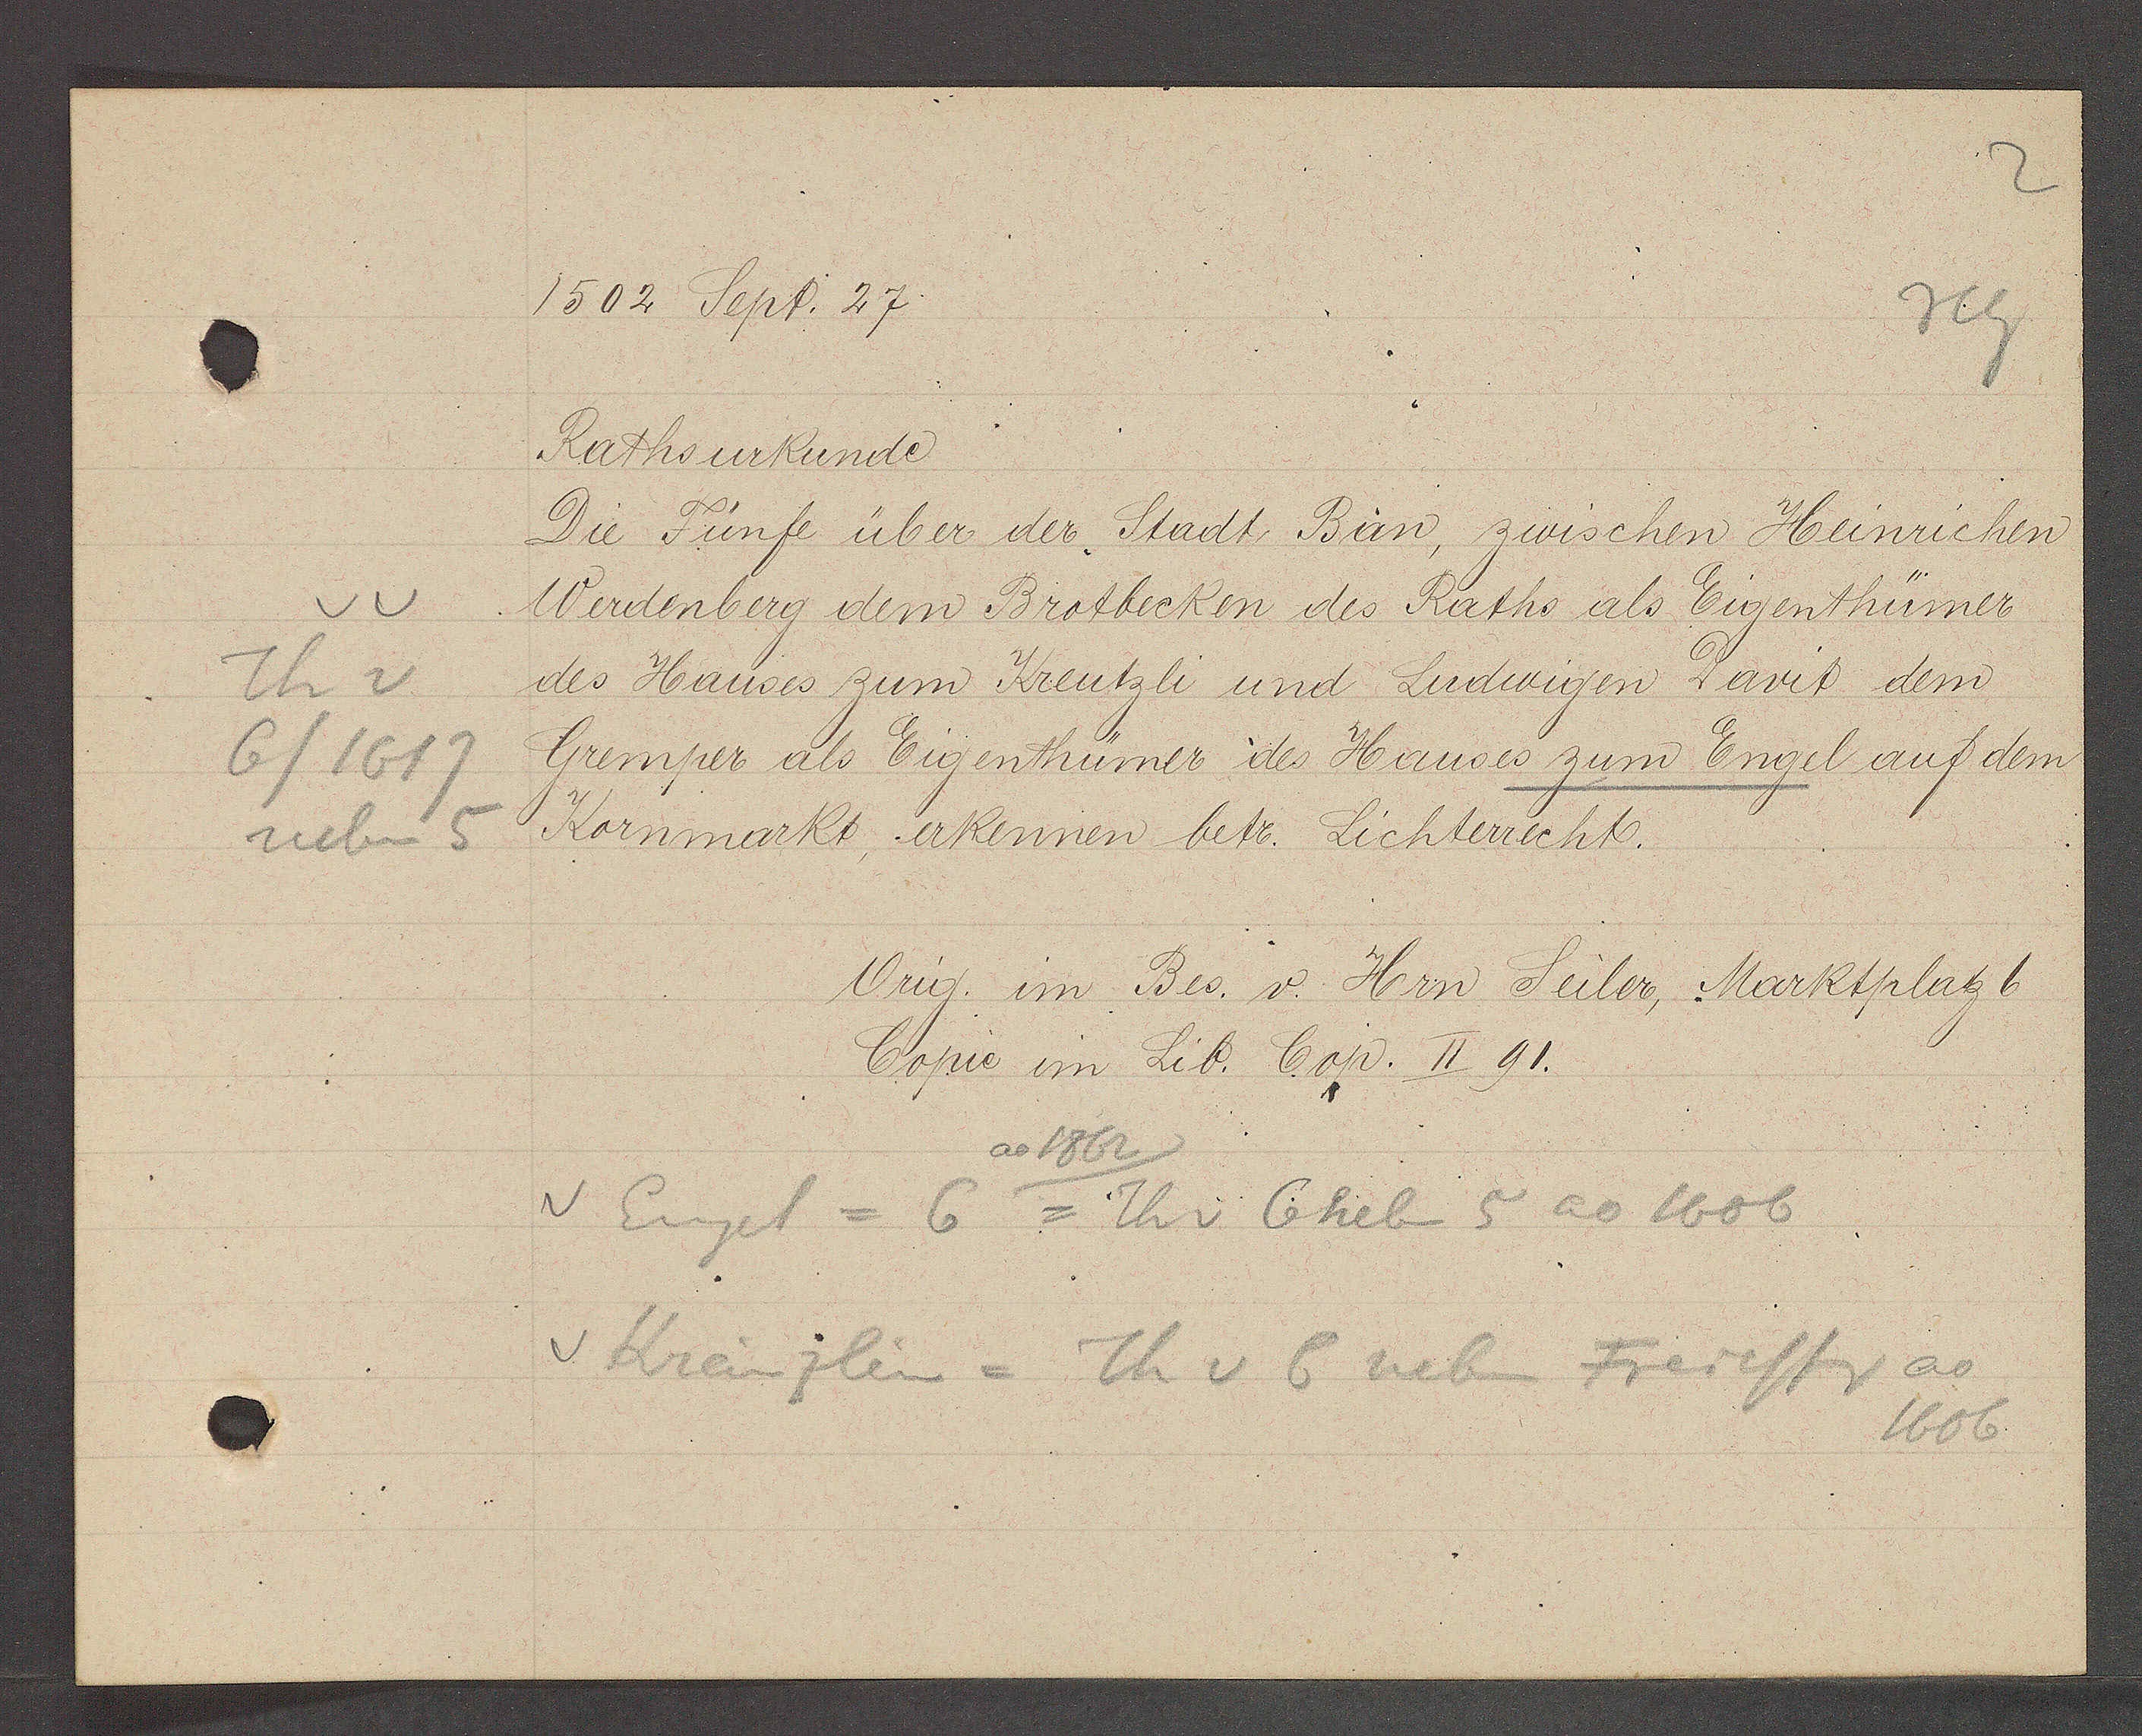
Transcript:
vv
Th v
6/1617
neben 5

1502 Sept. 27.

Rathsurkunde
Die Fünfe über der Stadt, Ban, zwischen Heinrichen
Werdenberg dem Brotbecken des Raths als Eigenthümer
des Hauses zum Kreutzli und Ludwigen Davit dem
Gremper als Eigenthümer des Hauses zum Engel auf dem
Kornmarkt, erkennen betr. Lichterrecht.

Vrig. im Bes. v. Hrn Seiler, Marktplatz 6
Copie. im Lib. Cop. II 91.

ao 1862
v. Engel = 6 = Th v 6 neben 5 ao 1606
v Kreuzlein = Th v 6 nbn Freiestr ao
1606